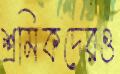
শ্রমিকদেরও